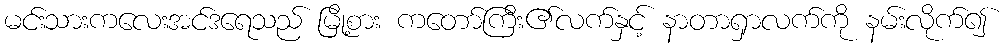
မင်းသားကလေးအင်ဒရေသည် မြို့စား ကတော်ကြီး၏လက်နှင့် နာတာရှာလက်ကို နမ်းလိုက်၍